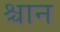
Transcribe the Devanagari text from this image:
श्चान